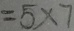
= 5 \times 7